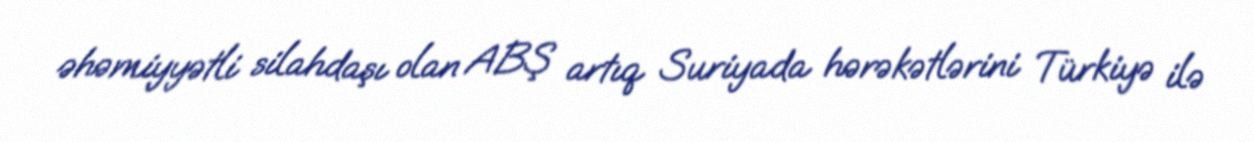
əhəmiyyətli silahdaşı olan ABŞ artıq Suriyada hərəkətlərini Türkiyə ilə